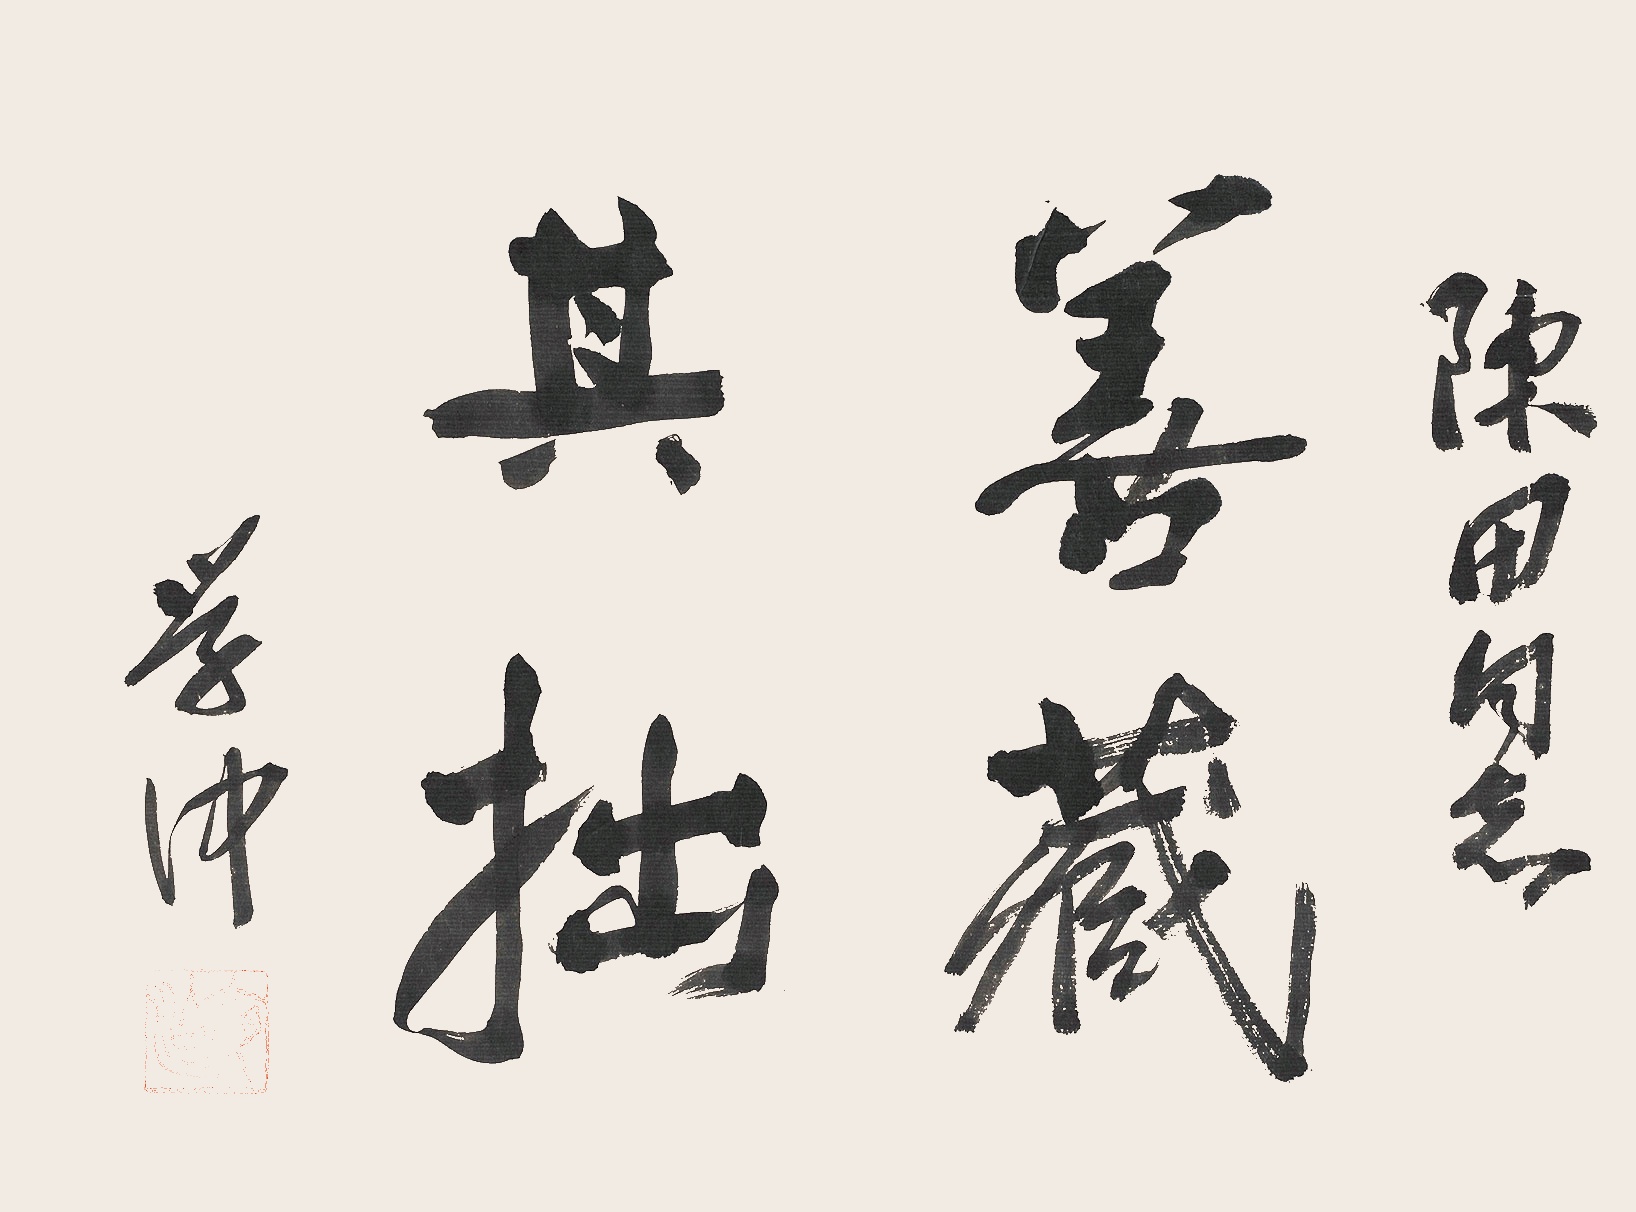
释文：善藏其拙陈田同志。学仲。